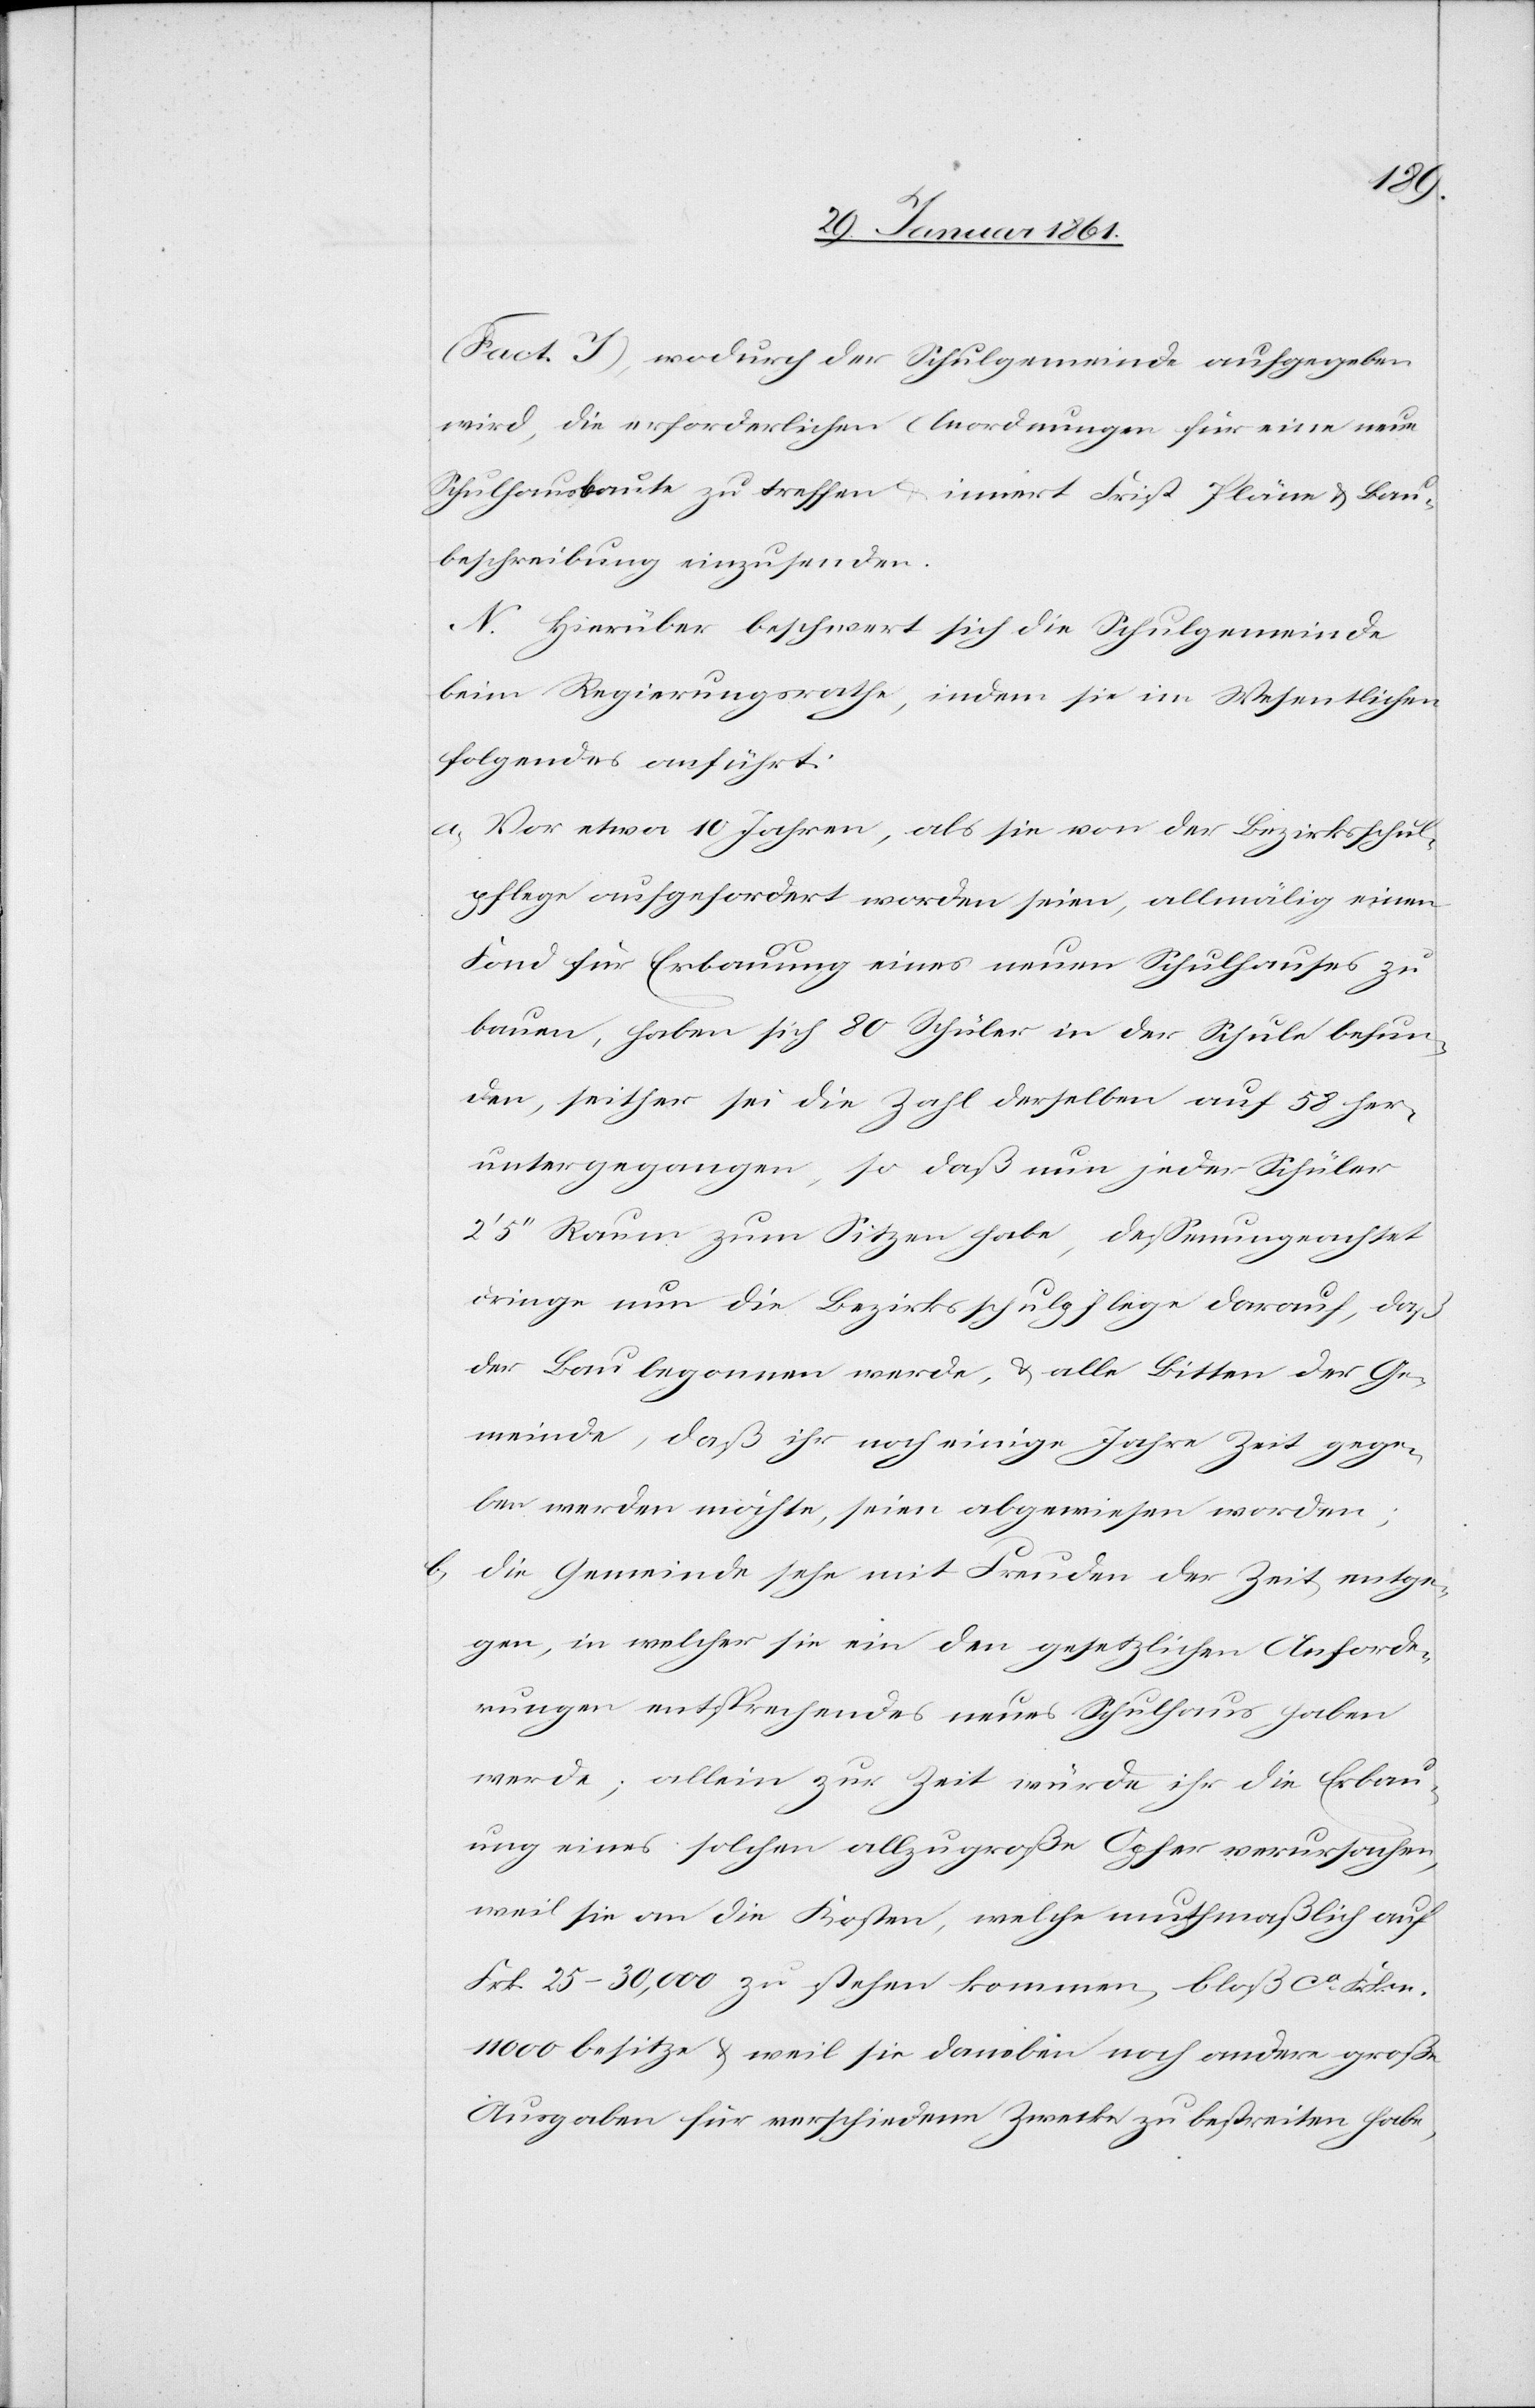
(Fact. J) wodurch der Schulgemeinde aufgegeben
wird, die erforderlichen Anordnungen für eine neue
Schulhausbaute zu treffen u. innert Frist Pläne u. Bau¬
beschreibung einzusenden.
N. Hierüber beschwert sich die Schulgemeinde
beim Regierungsrathe, indem sie im Wesentlichen
folgendes anführt:
a) Vor etwa 10 Jahren, als sie von der Bezirksschul¬
pflege aufgefordert worden seien, allmälig einen
Fond für Erbauung eines neuen Schulhauses zu
bauen, haben sich 80 Schüler in der Schule befun¬
den, seither sei die Zahl derselben auf 58 her¬
untergegangen, so daß nun jeder Schüler
2’ 5’’ Raum zum Sitzen habe, deßen ungeachtet
dringe nun die Bezirksschulpflege darauf, daß
der Bau begonnen werde, u. alle Bitte der Ge¬
meinde, daß ihr noch einige Jahre Zeit gege¬
ben werden möchte, seien abgewiesen worden;
b) Die Gemeinde sehe den Freuden der Zeit entge¬
gen, in welcher sie ein den gesetzlichen Anforde¬
rungen entsprechendes neues Schulhaus haben
werde; allein zur Zeit würde ihr die Erbau¬
ung eines solchen allzu grosse Opfer verursachen,
weil sie an die Kosten, welche muthmaßlich auf
Frk. 25–30,000 zu stehen kommen, bloß ca Frkn.
11 000 besitze u. weil sie daneben noch andere große
Ausgaben für verschiedene Zwecke zu bestreiten habe;